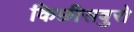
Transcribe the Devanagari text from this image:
किछीसबुरो